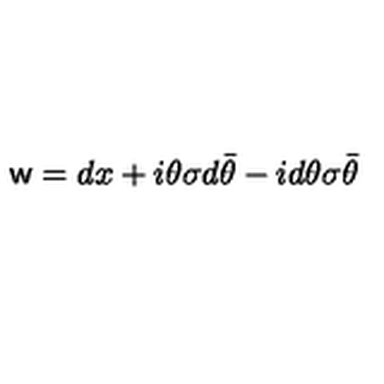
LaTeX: { \sf w } = d x + i \theta \sigma d \bar { \theta } - i d \theta \sigma \bar { \theta }